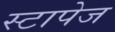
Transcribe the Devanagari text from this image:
स्टापेज